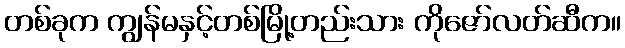
တစ်ခုက ကျွန်မနှင့်တစ်မြို့တည်းသား ကိုဇော်လတ်ဆီက။